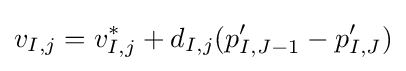
v_{I,j}=v_{I,j}^{*}+d_{I,j}(p'_{I,J-1}-p'_{I,J})